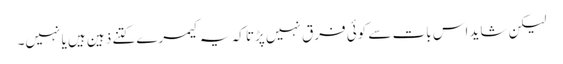
لیکن شاید اس بات سے کوئی فرق نہیں پڑتا کہ یہ کیمرے کتنے ذہین ہیں یا نہیں۔